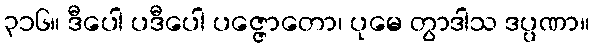
၃၁၆။ ဒီပေါ ပဒီပေါ ပဇ္ဇောတော၊ ပုမေ တွာဒါသ ဒပ္ပဏာ။